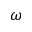
\omega